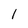
Character: 1